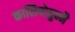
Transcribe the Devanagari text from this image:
कालिपोतुन्नै